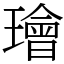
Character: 璯